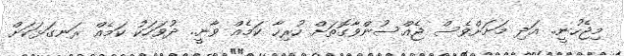
މިޖެހުނީ.. އަދި މަށަށްވެސް ޖެއްސުންވާގޮތަށް ހުރިހާ ކަމެއް ވާނީ.. ދުވަހަކު ކަމެއް ރަނގަޅަކަށް